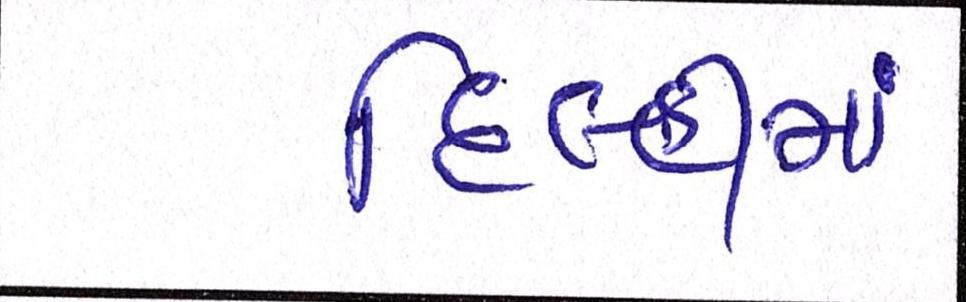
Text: દિલ્લીમાં